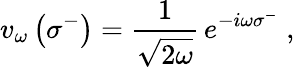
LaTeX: v_{\omega}\left(\sigma^{-}\right)={\frac{1}{\sqrt{2\omega}}}\, e^{-i\omega\sigma^{-}}\; ,